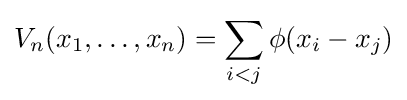
V_{n}(x_{1},\ldots ,x_{n})=\sum _{i<j}\phi (x_{i}-x_{j})